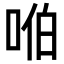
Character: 𪡈